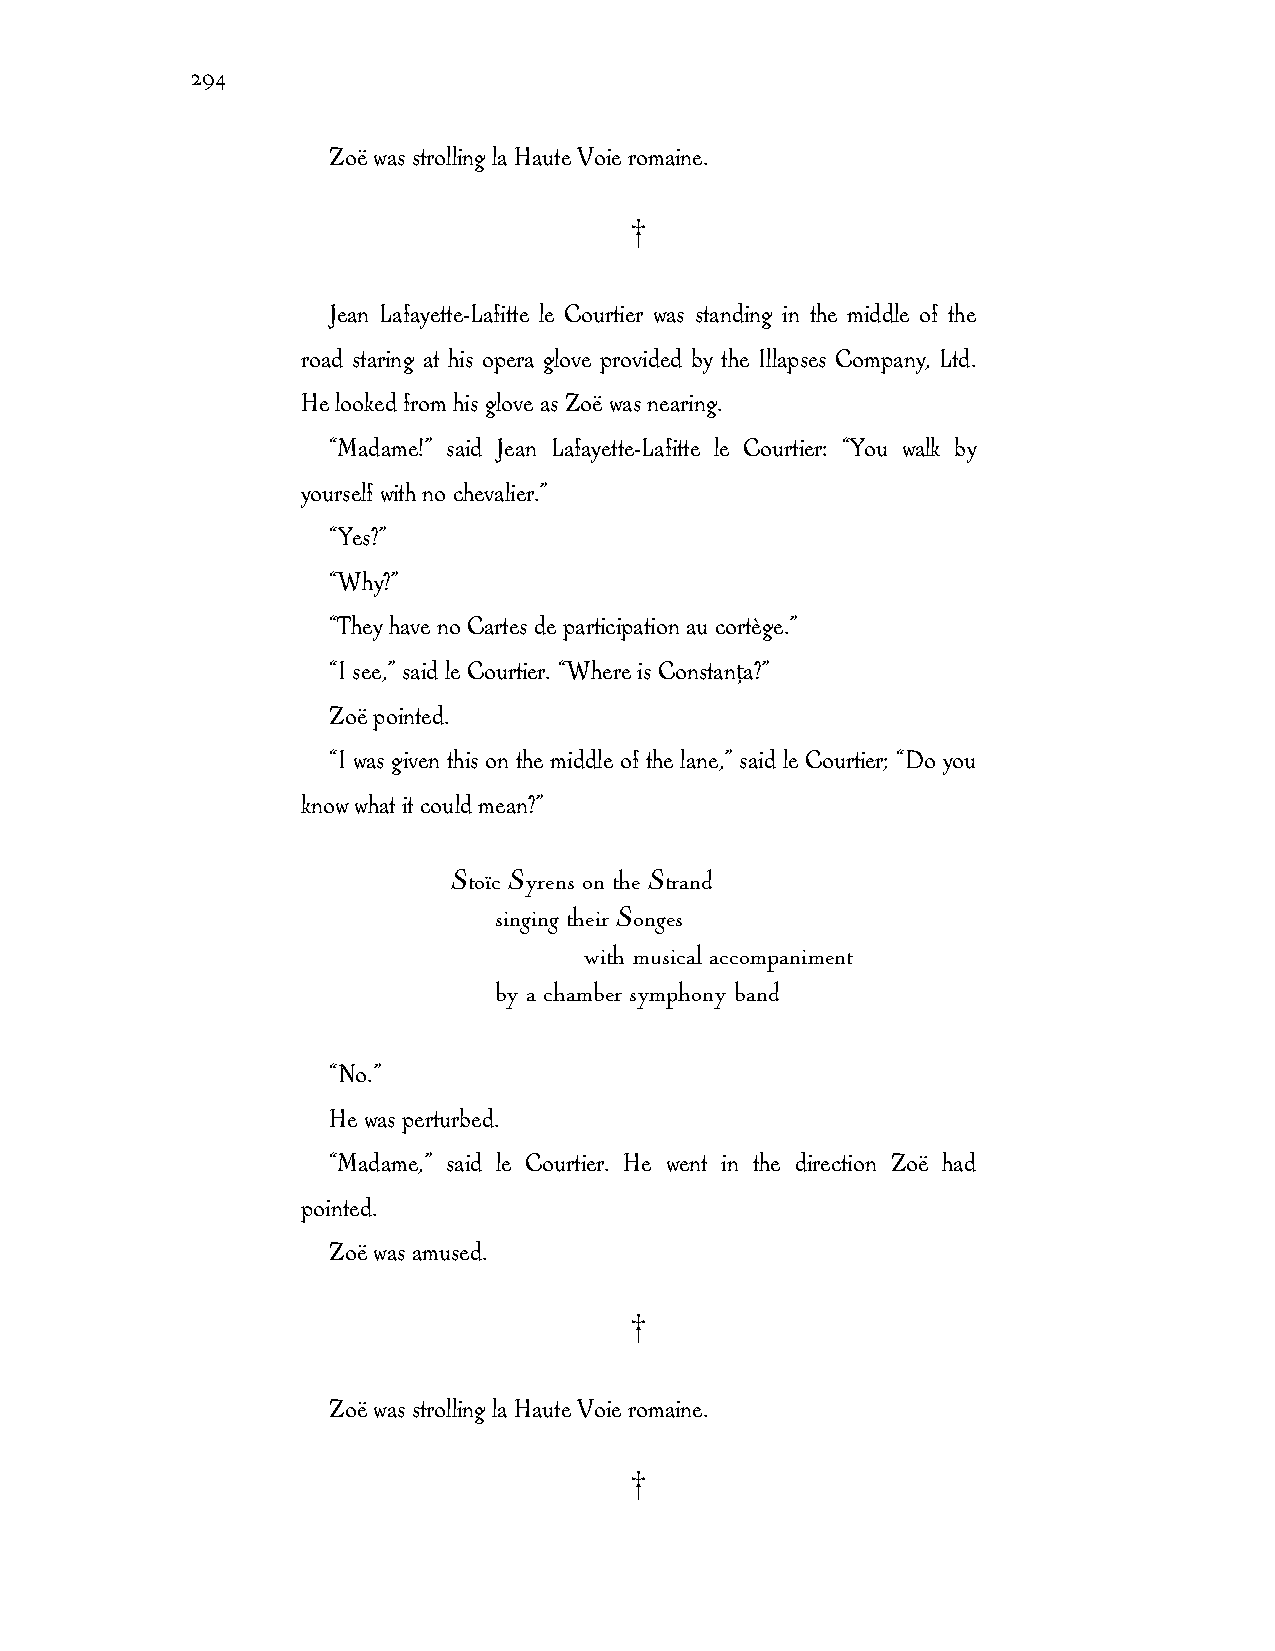
294
 Zoë was strolling la Haute Voie romaine.
 †
 Jean Lafayette-Lafitte le Courtier was standing in the middle of the
 road staring at his opera glove provided by the Illapses Company, Ltd.
 He looked from his glove as Zoë was nearing.
 “Madame!” said Jean Lafayette-Lafitte le Courtier: “You walk by
 yourself with no chevalier.”
 “Yes?”
 “Why?”
 “They have no Cartes de participation au cortège.”
 “I see,” said le Courtier. “Where is Constanța?”
 Zoë pointed.
 “I was given this on the middle of the lane,” said le Courtier; “Do you
 know what it could mean?”
 Stoïc Syrens on the Strand
 singing their Songes
 with musical accompaniment
 by a chamber symphony band
 “No.”
 He was perturbed.
 “Madame,” said le Courtier. He went in the direction Zoë had
 pointed.
 Zoë was amused.
 †
 Zoë was strolling la Haute Voie romaine.
 †